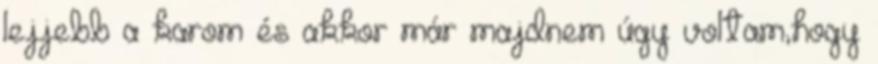
lejjebb a karom és akkor már majdnem úgy voltam,hogy